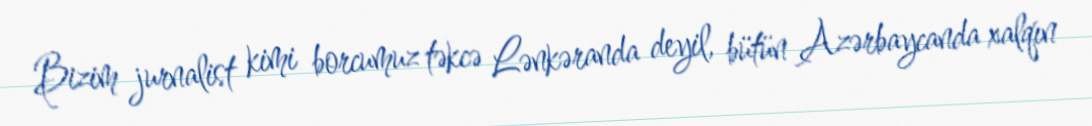
Bizim jurnalist kimi borcumuz təkcə Lənkəranda deyil, bütün Azərbaycanda xalqın